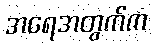
အရေအတွက်က